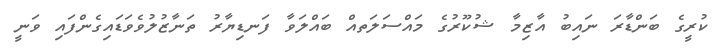
ކުރީގެ ބަންޑާރަ ނައިބު އާޒިމާ ޝުކޫރުގެ މައްސަލަތއް ބައްލަވާ ފަނޑިޔާރު ތަނާޒުލުވެވަޑައިގެންފައި ވަނީ